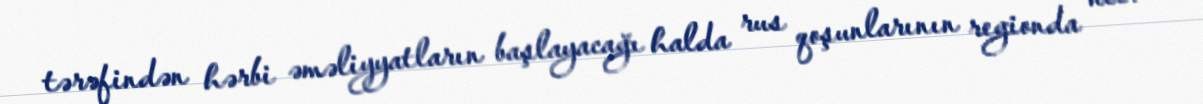
tərəfindən hərbi əməliyyatların başlayacağı halda rus qoşunlarının regionda necə